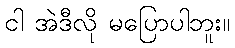
ငါ အဲဒီလို မပြောပါဘူး။